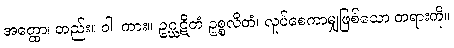
အတ္ထော၊ တည်း။ ဝါ၊ ကား။ ဥဂ္ဃဋိတံ ဥစ္စလိတံ၊ လှုပ်စေကာမျှဖြစ်သော တရားကို။